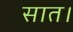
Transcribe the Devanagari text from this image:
सात।